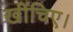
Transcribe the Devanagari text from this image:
खींचिए।